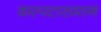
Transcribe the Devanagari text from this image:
कस्पटासमान